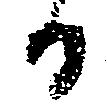
る